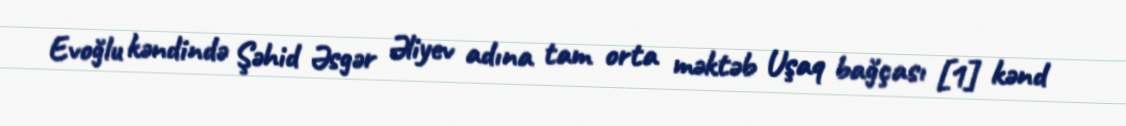
Evoğlu kəndində Şəhid Əsgər Əliyev adına tam orta məktəb Uşaq bağçası [1] kənd